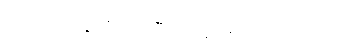
ဟောပြောပွဲသို့ လာပြီး ထမင်းစားဖိတ်သည်။